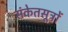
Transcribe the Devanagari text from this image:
संकेतसूत्रों